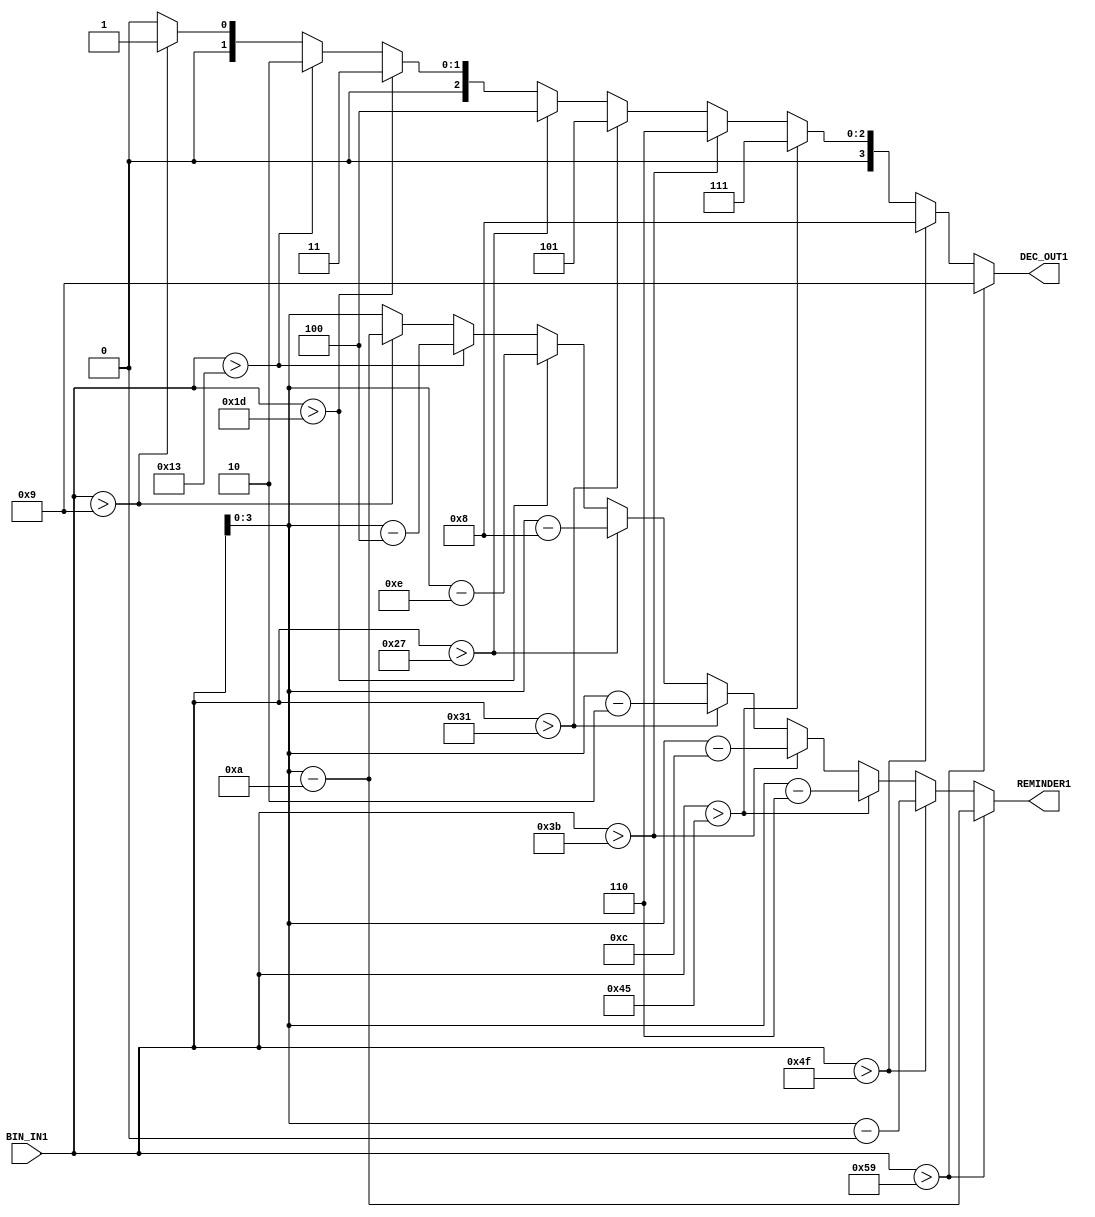
module bin_dec10(
    input[6:0] BIN_IN1,
    output reg[3:0] DEC_OUT1,
    output[3:0] REMINDER1
);
    integer cmp_int;
    integer rem_int;
    always @(BIN_IN1) begin
        cmp_int = BIN_IN1;
        if (cmp_int > 89) begin
            DEC_OUT1 <= 4'd9;
            rem_int <= cmp_int - 90;
        end
        else if (cmp_int > 79) begin
            DEC_OUT1 <= 4'd8;
            rem_int <= cmp_int - 80;
        end
        else if (cmp_int > 69) begin
            DEC_OUT1 <= 4'd7;
            rem_int <= cmp_int - 70;
        end
        else if (cmp_int > 59) begin
            DEC_OUT1 <= 4'd6;
            rem_int <= cmp_int - 60;
        end
        else if (cmp_int > 49) begin
            DEC_OUT1 <= 4'd5;
            rem_int <= cmp_int - 50;
        end
        else if (cmp_int > 39) begin
            DEC_OUT1 <= 4'd4;
            rem_int <= cmp_int - 40;
        end
        else if (cmp_int > 29) begin
            DEC_OUT1 <= 4'd3;
            rem_int <= cmp_int - 30;
        end
        else if (cmp_int > 19) begin
            DEC_OUT1 <= 4'd2;
            rem_int <= cmp_int - 20;
        end
        else if (cmp_int > 9) begin
            DEC_OUT1 <= 4'd1;
            rem_int <= cmp_int - 10;
        end
        else begin
            DEC_OUT1 <= 4'd0;
            rem_int <= cmp_int;
        end
    end
    assign REMINDER1 = rem_int;
endmodule